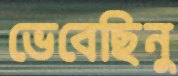
ভেবেছিনু